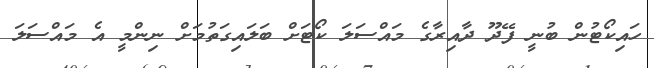
ހައިކޯޓުން ބުނީ ފޭދޫ ދާއިރާގެ މައްސަލަ ކޯޓަށް ބަލައިގަތުމަށް ނިންމީ އެ މައްސަލަ